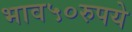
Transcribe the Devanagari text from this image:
भाव५०रुपये